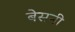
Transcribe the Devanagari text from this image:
बेसनी